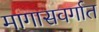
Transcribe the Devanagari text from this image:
मागासवर्गात